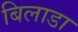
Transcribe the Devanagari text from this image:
बिलाडा